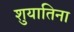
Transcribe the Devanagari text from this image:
शुयातिना